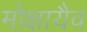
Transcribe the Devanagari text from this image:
मोक्षायैव